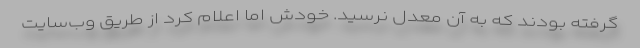
گرفته بودند که به آن معدل نرسید. خودش اما اعلام کرد از طریق وب‌سایت